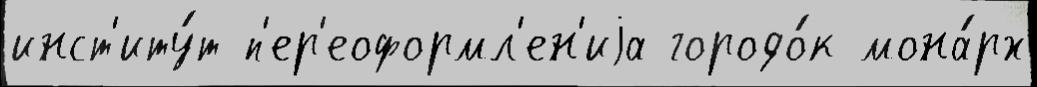
инст'иту́т п'ер'еоформл'ен'иjа городо́к мона́рх